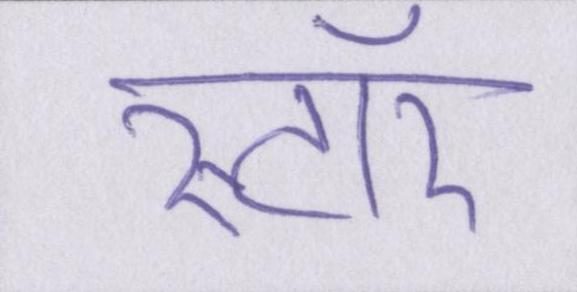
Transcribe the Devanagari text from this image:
स्टॉर